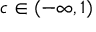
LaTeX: c \in ( - \infty , 1 )